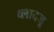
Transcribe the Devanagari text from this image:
व्लादजू